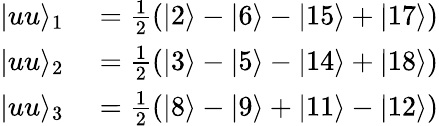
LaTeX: \begin{array}{rl}{\vert uu\rangle_{1}}&{{}=\frac{1}{2}(\vert 2\rangle-\vert 6\rangle-\vert 15\rangle+\vert 17\rangle)}\\ {\vert uu\rangle_{2}}&{{}=\frac{1}{2}(\vert 3\rangle-\vert 5\rangle-\vert 14\rangle+\vert 18\rangle)}\\ {\vert uu\rangle_{3}}&{{}=\frac{1}{2}(\vert 8\rangle-\vert 9\rangle+\vert 11\rangle-\vert 12\rangle)}\end{array}